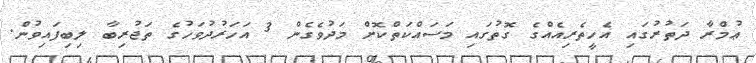
ޢުމްރާ ދަތުރުގައި އެހީތެރިއެއްގެ ގޮތުގައި މަސައްކަތްކޮށް މަދުވެގެން 3 އަހަރުދުވަހުގެ ތަޖުރިބާ ލިބިފައިވުން.